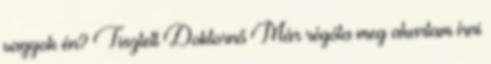
vagyok én? Tisztelt Doktornő Már régóta meg akartam írni